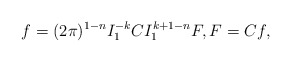
\begin{align*}f=(2\pi)^{1-n}I_1^{-k}C I_1^{k+1-n}F,F=Cf,\end{align*}